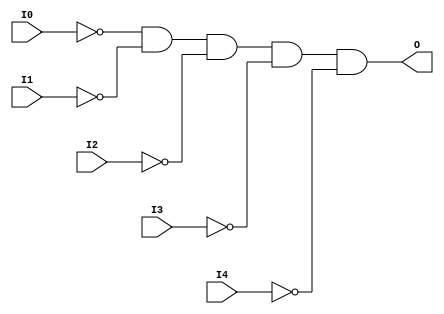

/*

FUNCTION	: 5-INPUT AND GATE

*/

`timescale  100 ps / 10 ps

`celldefine

module AND5B5 (O, I0, I1, I2, I3, I4);


    output O;

    input  I0, I1, I2, I3, I4;

    not N4 (i4_inv, I4);
    not N3 (i3_inv, I3);
    not N2 (i2_inv, I2);
    not N1 (i1_inv, I1);
    not N0 (i0_inv, I0);
    and A1 (O, i0_inv, i1_inv, i2_inv, i3_inv, i4_inv);

    specify
	(I0 *> O) = (0, 0);
	(I1 *> O) = (0, 0);
	(I2 *> O) = (0, 0);
	(I3 *> O) = (0, 0);
	(I4 *> O) = (0, 0);
    endspecify

endmodule

`endcelldefine